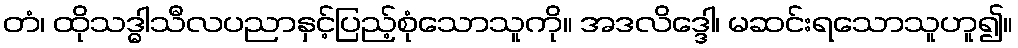
တံ၊ ထိုသဒ္ဓါသီလပညာနှင့်ပြည့်စုံသောသူကို။ အဒလိဒ္ဒေါ၊ မဆင်းရသောသူဟူ၍။